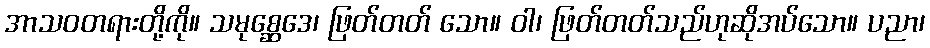
အာသဝတရားတို့ကို။ သမုစ္ဆေဒေ၊ ဖြတ်တတ် သော။ ဝါ၊ ဖြတ်တတ်သည်ဟုဆိုအပ်သော။ ပညာ၊